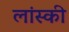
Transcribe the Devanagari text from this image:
लांस्की